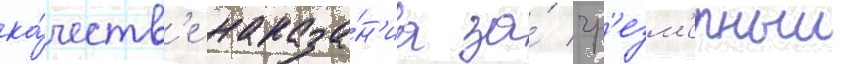
ка́честв'е наказа́н'иа за́ чр'езм'ерныи